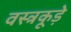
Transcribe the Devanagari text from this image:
वस्त्रकूड़े